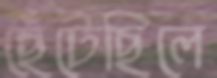
ছেঁটেছিলে